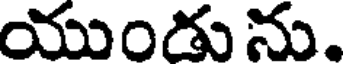
యుండు ను.